Report on vaccination in Madras 1895-1903 - 1895-1903
Year: 1895
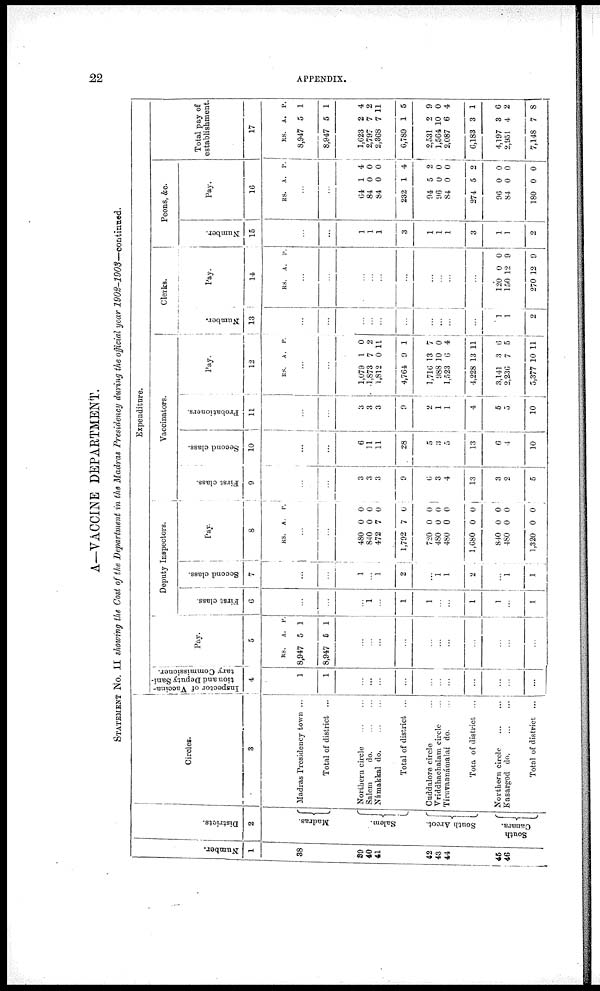
22
APPENDIX.
A—VACCINE DEPARTMENT.
STATEMENT No. II showing the Cost of the Department in the Madras Presidency during the official year 1902-1903—continued.
Number.
1
38
39
40
41
42
43
44
45
46
Districts.
2
Madras.
Salem.
South Arcot.
South
Canara.
Circles.
3
Madras Presidency town ...
Total of district ...
Northern circle
...
...
Salem
do.
...
...
Námakkal d
o
. ... ...
Total of district ...
Cuddalore circle ...
Vriddhachalam circle ...
Tiruvannámalai do. ...
Total of district ...
Northern circle
...
...
Kasargod d
o
. ... ...
Total of district ...
Expenditure.
Inspector of Vaccina-
tion and Deputy Sani-
tary Commissioner.
4
1
1
...
...
...
...
...
...
...
...
...
...
...
Pay.
5
RS.
8,947
8,947
A.
5
5
P.
1
1
...
...
...
...
...
...
...
...
...
...
...
Deputy Inspectors.
First class.
6
...
...
...
1
...
1
1
...
...
1
1
...
1
Second class.
7
...
...
1
...
1
2
...
1
1
2
...
1
1
Pay.
8
RS. A. P.
...
...
480
840
472
1,792
720
480
480
1,680
840
480
1,320
0
0
7
7
0
0
0
0
0
0
0
0
0
0
0
0
0
0
0
0
0
0
Vaccinators.
First class.
9
...
...
3
3
3
9
6
3
4
13
3
2
5
Second class.
10
...
...
6
11
11
28
5
3
5
13
6
4
10
Probationers.
11
...
...
3
3
3
9
2
1
1
4
5
5
10
Pay.
12
RS. A P.
...
...
1,079
1,873
1,812
4,764
1,716
988
1,523
4,228
3,141
2,236
5,377
1
7
0
9
13
10
6
13
3
7
10
0
2
11
1
7
0
4
11
6
5
11
Clerks.
Number.
13
...
...
...
...
...
...
...
...
...
...
1
1
2
Pay.
14
RS. A. P.
...
...
...
...
...
...
...
...
...
...
120
150
270
0
12
12
0
9
9
Peons, &c.
Number.
15
...
...
1
1
1
3
1
1
1
3
1
1
2
Pay.
16
RS. A. P.
...
...
64
84
84
232
94
96
84
274
96
84
180
1
0
0
1
5
0
0
5
0
0
0
4
0
0
4
2
0
0
2
0
0
0
Total pay of
establishment.
17
RS.
8,947
8,947
1,623
2,797
2,368
6,789
2,531
1,564
2,087
6,183
4,197
2,951
7,148
A.
5
5
2
7
7
1
2
10
6
3
3
4
7
P.
1
1
4
2
11
5
9
0
4
1
6
2
8